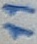
Text: 11